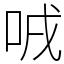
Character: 㖅